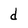
Character: d